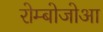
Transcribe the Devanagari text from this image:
रोम्बोजोआ